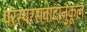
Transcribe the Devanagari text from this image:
परस्परसंवादानुकूल